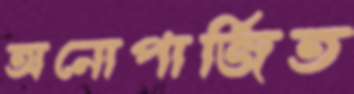
অনোপার্জিত